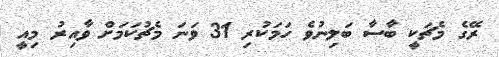
ރޭގެ މެޗަކީ ބާސާ ބަލިނުވެ ހަމަކުރި 31 ވަނަ މެޗުކަމަށް ވާއިރު މިއީ